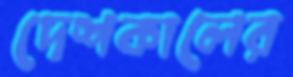
দেশকালের